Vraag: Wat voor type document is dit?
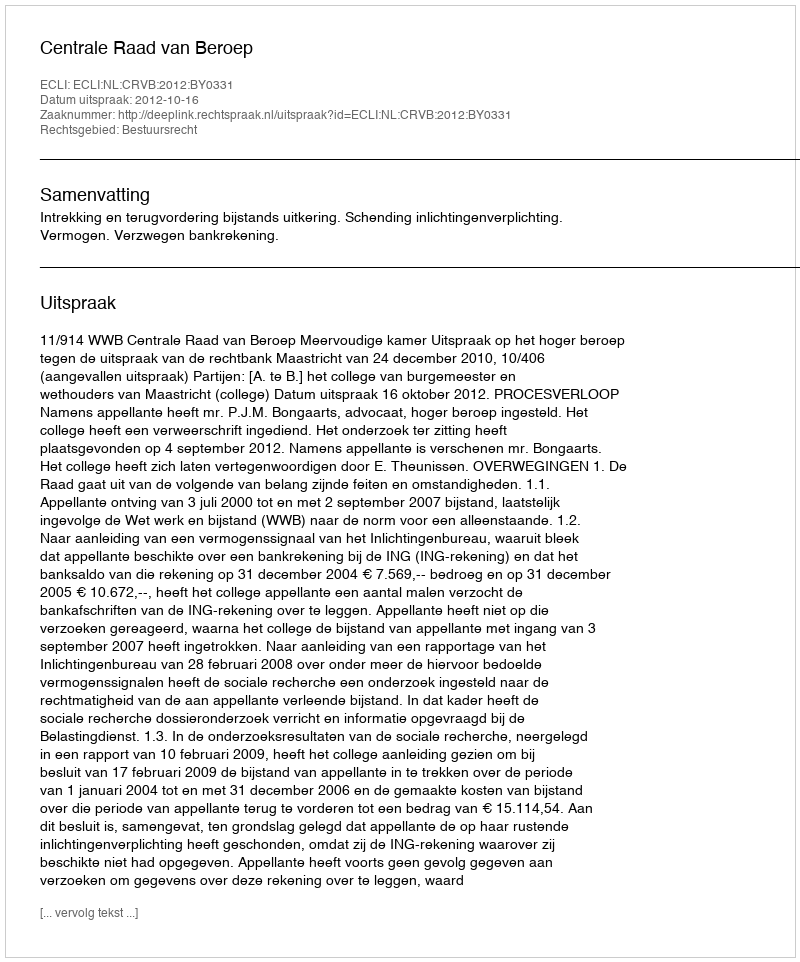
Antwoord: Uitspraak